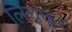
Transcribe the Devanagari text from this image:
लिचकूर